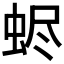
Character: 𧋅